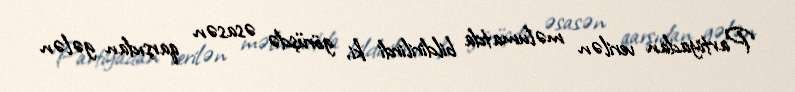
Partiyadan verilən məlumatda bildirilirdi ki, görüşdə əsasən qarşıdan gələn